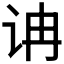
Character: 𰵘